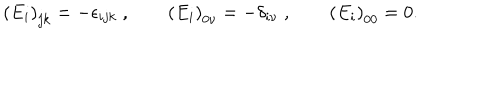
\left( E _ { i } \right) _ { j k } = - \epsilon _ { i j k } \; , \qquad \left( E _ { i } \right) _ { 0 \nu } = - \delta _ { i \nu } \; , \qquad \left( E _ { i } \right) _ { 0 0 } = 0 .